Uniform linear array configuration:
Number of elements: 32
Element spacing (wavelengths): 0.25
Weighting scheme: hamming
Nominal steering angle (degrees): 0
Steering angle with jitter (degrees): -0.5323
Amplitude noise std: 0.05
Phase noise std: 0.05

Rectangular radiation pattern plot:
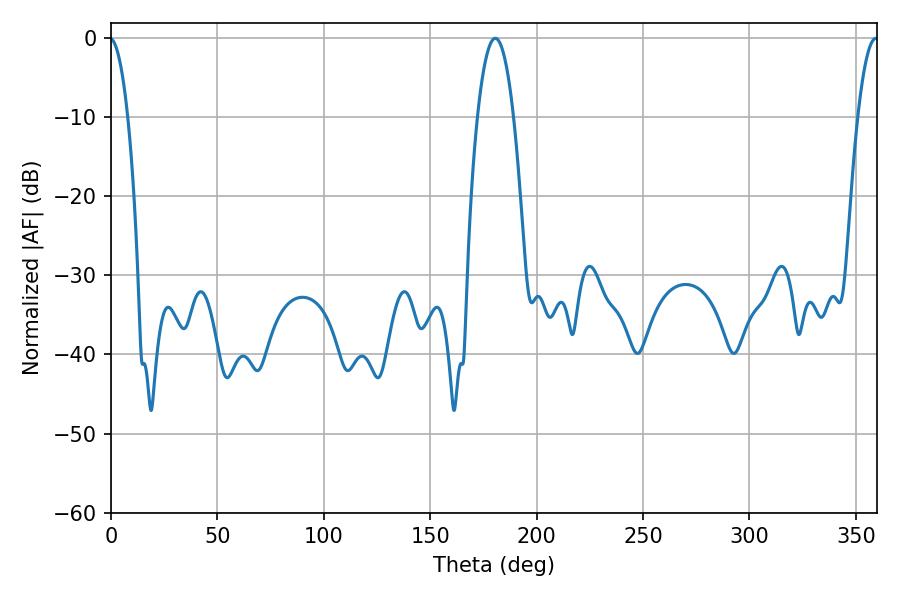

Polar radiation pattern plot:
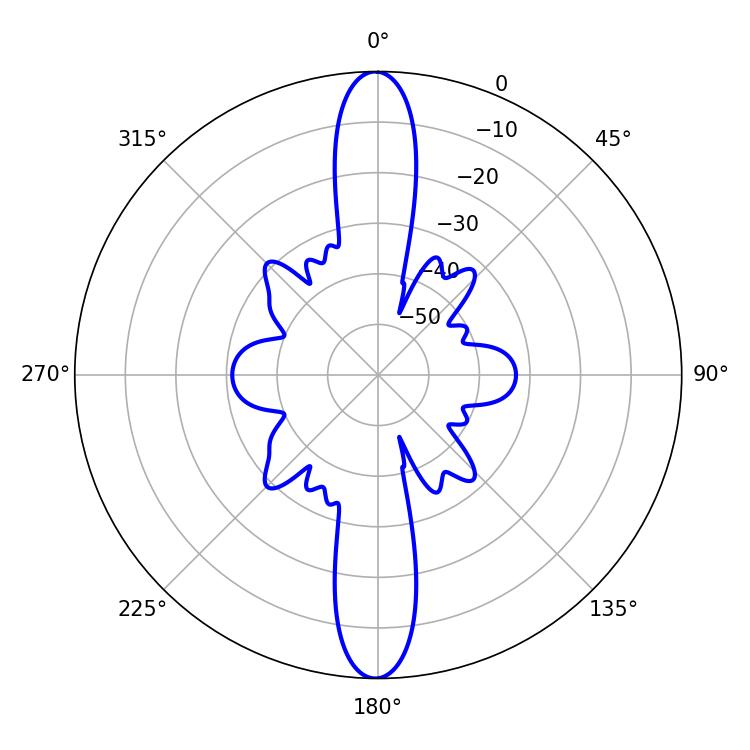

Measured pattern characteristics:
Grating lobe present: FALSE
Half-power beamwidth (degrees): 9.36
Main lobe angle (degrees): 180.54